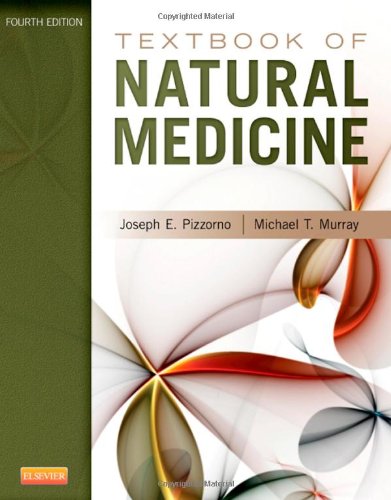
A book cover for Textbook of Natural Medicine, 4e; Joseph E. Pizzorno; Health, Fitness & Dieting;